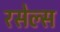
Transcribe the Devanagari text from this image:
रसेल्स